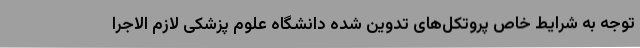
توجه به شرایط خاص پروتکل‌های تدوین شده دانشگاه علوم پزشکی لازم الاجرا